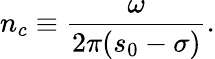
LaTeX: {{n}_{c}}\equiv\frac{\omega}{2\pi({{s}_{0}}-\sigma)}.